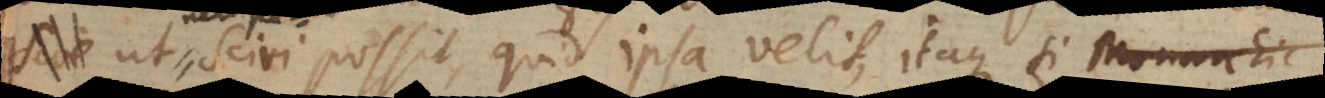
nempe sciri possit, quid ipsa velit; itaque, si Monarchic